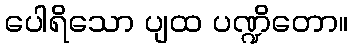
ပေါရိသော ပျထ ပဏ္ဍိတော။